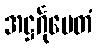
အဋ္ဌင်္ဂုပေတံ